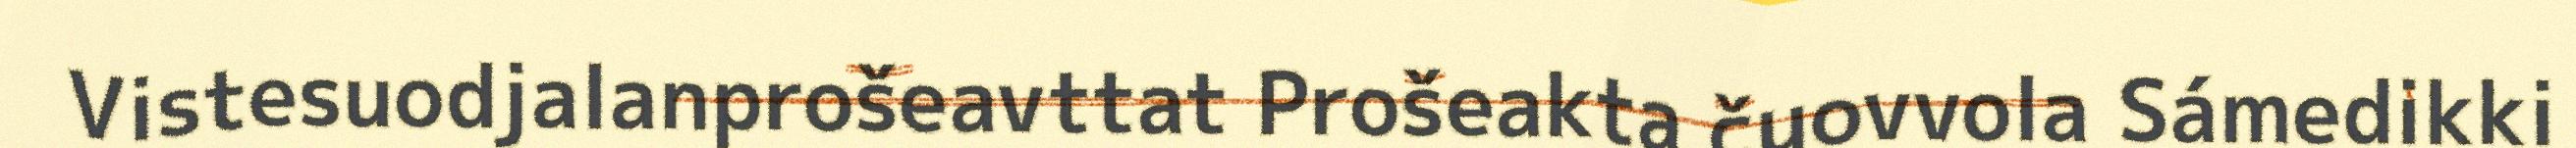
Vistesuodjalanprošeavttat Prošeakta čuovvola Sámedikki